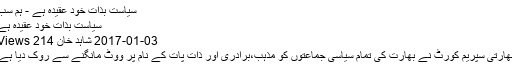
سیاست بذات خود عقیدہ ہے - ہم سب
سیاست بذات خود عقیدہ ہے
03-01-2017 شاہد خان 214 Views
بھارتی سپریم کورٹ نے بھارت کی تمام سیاسی جماعتوں کو مذہب،برادری اور ذات پات کے نام پر ووٹ مانگنے سے روک دیا ہے۔